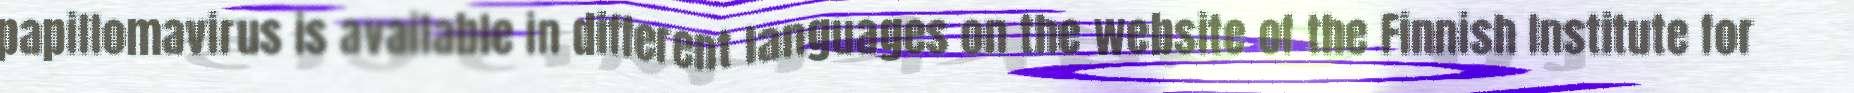
papillomavirus is available in different languages on the website of the Finnish Institute for